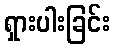
ရှားပါးခြင်း